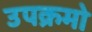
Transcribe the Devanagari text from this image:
उपक्रमो